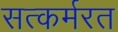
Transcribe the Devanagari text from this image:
सत्कर्मरत